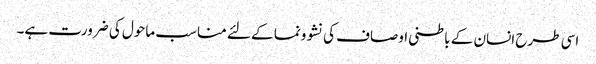
اسی طرح انسان کے باطنی اوصاف کی نشوونما کے لئے مناسب ماحول کی ضرورت ہے۔